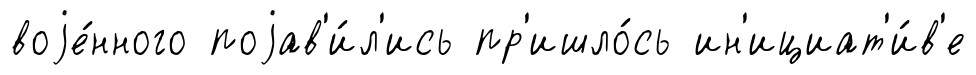
воjе́нного поjав'и́л'ись пр'ишло́сь ин'ициат'и́в'е